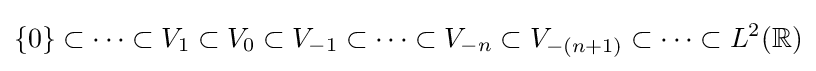
\{0\}\subset \dots \subset V_{1}\subset V_{0}\subset V_{-1}\subset \dots \subset V_{-n}\subset V_{-(n+1)}\subset \dots \subset L^{2}(\mathbb {R} )